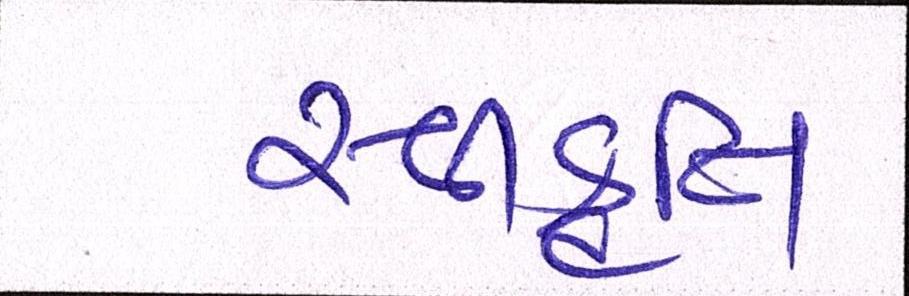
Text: સ્વીકૃતિ